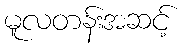
မူလတန်းအဆင့်